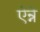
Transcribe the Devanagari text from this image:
ऐन्ने